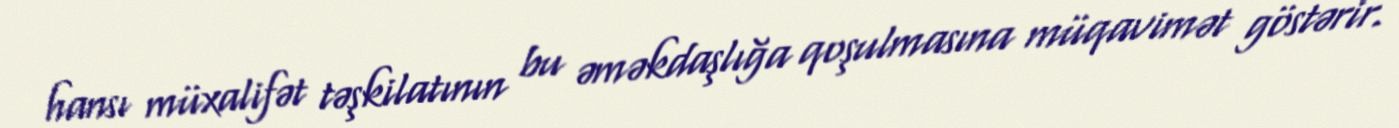
hansı müxalifət təşkilatının bu əməkdaşlığa qoşulmasına müqavimət göstərir.